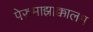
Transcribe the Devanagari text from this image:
पेरुमाझाक्कालम